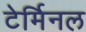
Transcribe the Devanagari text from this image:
टेर्मिनल